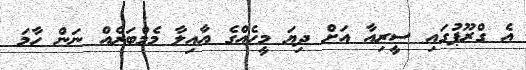
އެ ގްރޫޕުގައި ސީރިއާ އަށް ދިޔަ މީހެއްގެ އާއިލާ މެމްބަރެއް ނަން ހާމަ